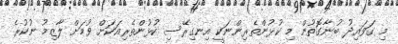
މި ގަވައިދު ބުނާގޮތުން މި ކުޅުންތެރިންނަކީ އިނގިރޭސި ކުޅުންތެރިއަކަށް ވުމަށް ލާޒިމު ނުކުރެ